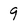
Character: 9